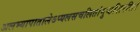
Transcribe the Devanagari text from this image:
अलभ्यापातालेऽप्यलसचलितांगुष्ठशिरसि।